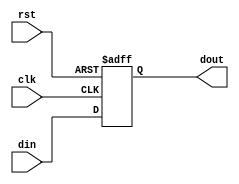
module dft_dline
#(
    parameter STAGES_N = 1,  // 0 ... inf
    parameter DATA_W   = 1
)
(
    input  wire clk, // System clock
    input  wire rst, // System reset
    input  wire [DATA_W-1:0] din, // Delay line input
    output wire [DATA_W-1:0] dout // Delay line output
);

generate
begin: dline_genblk
    if (STAGES_N == 0) begin : dline_0_genblk

        assign dout = din;

    end else if (STAGES_N == 1) begin : dline_1_genblk

        reg [STAGES_N*DATA_W-1:0] dline;

        always @(posedge clk or posedge rst)
        begin
            if (rst)
                dline <= 0;
            else
                dline <= din;
        end

        assign dout = dline;

    end else begin : dline_n_genblk

        reg [STAGES_N*DATA_W-1:0] dline;

        always @(posedge clk or posedge rst)
        begin
            if (rst)
                dline <= 0;
            else
                dline <= {dline[(STAGES_N-1)*DATA_W-1:0], din};
        end

        assign dout = dline[STAGES_N*DATA_W-1:(STAGES_N-1)*DATA_W];
    end
end
endgenerate

endmodule